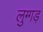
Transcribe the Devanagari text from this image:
लुग्गड़